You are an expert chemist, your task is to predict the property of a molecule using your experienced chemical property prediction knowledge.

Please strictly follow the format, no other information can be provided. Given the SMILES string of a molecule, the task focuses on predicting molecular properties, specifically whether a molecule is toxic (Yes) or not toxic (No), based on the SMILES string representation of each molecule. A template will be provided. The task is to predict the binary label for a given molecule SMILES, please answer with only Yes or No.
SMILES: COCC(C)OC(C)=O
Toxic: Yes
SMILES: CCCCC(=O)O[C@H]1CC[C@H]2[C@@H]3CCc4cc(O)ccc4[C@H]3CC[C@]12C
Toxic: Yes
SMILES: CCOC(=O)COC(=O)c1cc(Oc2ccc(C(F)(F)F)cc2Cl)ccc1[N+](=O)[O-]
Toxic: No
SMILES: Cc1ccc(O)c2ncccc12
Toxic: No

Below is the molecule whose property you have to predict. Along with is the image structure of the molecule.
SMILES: CC(Cl)COP(=O)(OCC(C)Cl)OCC(C)Cl
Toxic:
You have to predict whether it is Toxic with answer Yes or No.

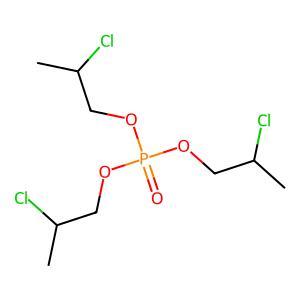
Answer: No